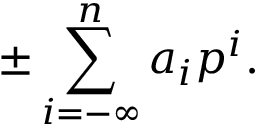
\pm \sum _ { i = - \infty } ^ { n } a _ { i } p ^ { i } .